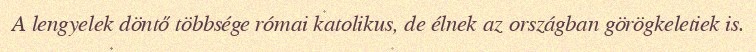
A lengyelek döntő többsége római katolikus, de élnek az országban görögkeletiek is.